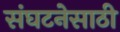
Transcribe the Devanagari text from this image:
संघटनेसाठी